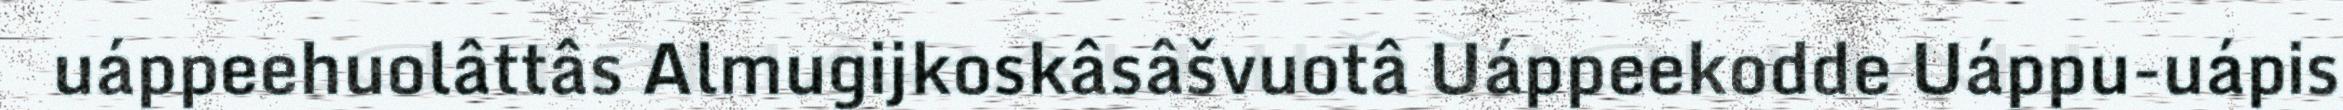
uáppeehuolâttâs Almugijkoskâsâšvuotâ Uáppeekodde Uáppu-uápis